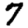
Digit: 7